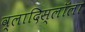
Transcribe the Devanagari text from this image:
व्लादिस्लॉला